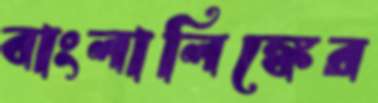
বাংলালিঙ্কের